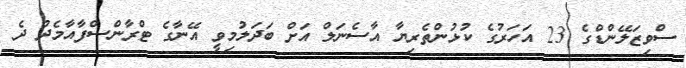
ސްވިޒަލޭންޑްގެ 23 އަހަރުގެ ކުޅުންތެރިޔާ އާސެނަލް އަށް ބަދަލުމިވީ އޭނާގެ ޓްރާންސްފާއާމެދު ދެ